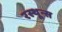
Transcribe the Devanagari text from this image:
रस्थून्स